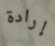
إرادة